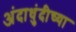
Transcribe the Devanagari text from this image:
अंदाधुंदीच्या